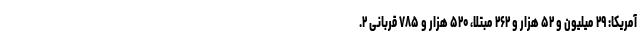
آمریکا: ۲۹ میلیون و ۵۲ هزار و ۲۶۲ مبتلا، ۵۲۰ هزار و ۷۸۵ قربانی ۲.